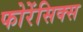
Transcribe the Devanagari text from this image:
फोरेंसिक्स